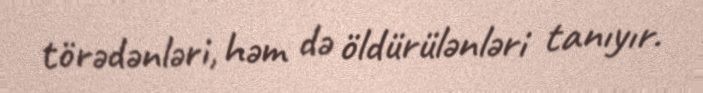
törədənləri, həm də öldürülənləri tanıyır.